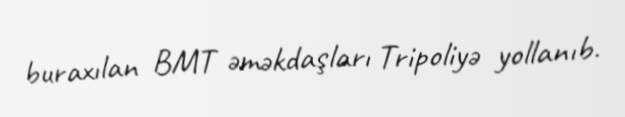
buraxılan BMT əməkdaşları Tripoliyə yollanıb.